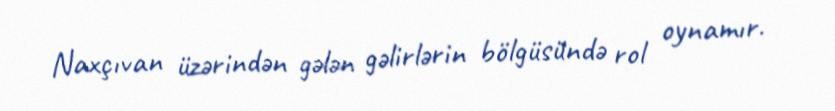
Naxçıvan üzərindən gələn gəlirlərin bölgüsündə rol oynamır.